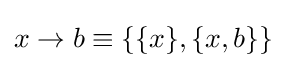
x\rightarrow b\equiv \{\{x\},\{x,b\}\}